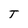
Character: T